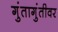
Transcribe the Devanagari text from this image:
गुंतागुंतीवर